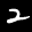
Label: 2